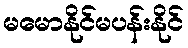
မမောနိုင်မပန်းနိုင်